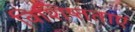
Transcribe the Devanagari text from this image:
विशिष्तताएं